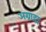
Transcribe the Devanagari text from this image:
अग्राह्यः